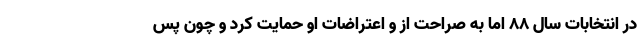
در انتخابات سال 88 اما به صراحت از و اعتراضات او حمایت کرد و چون پس